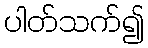
ပါတ်သက်၍